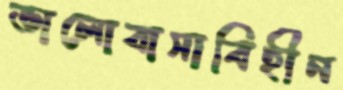
ভালোবাসাবিহীন